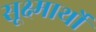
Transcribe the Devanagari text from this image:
सूक्ष्मार्थों